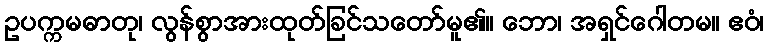
ဥပက္ကမဓာတု၊ လွန်စွာအားထုတ်ခြင်သတော်မူ၏။ ဘော၊ အရှင်ဂေါတမ။ ဧဝံ၊